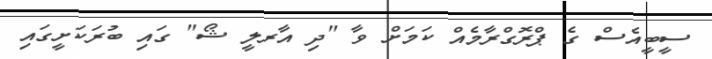
ސީބީއެސް ގެ ޕްރޮގްރާމެއް ކަމަށް ވާ "ދި އާރލީ ޝޯ" ގައި ބުރަކަށީގައި